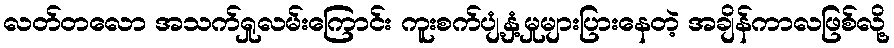
လတ်တလော အသက်ရှုလမ်းကြောင်း ကူးစက်ပျံ့နှံ့မှုများပြားနေတဲ့ အချိန်ကာလဖြစ်လို့